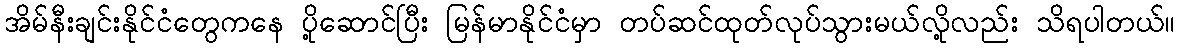
အိမ်နီးချင်းနိုင်ငံတွေကနေ ပို့ဆောင်ပြီး မြန်မာနိုင်ငံမှာ တပ်ဆင်ထုတ်လုပ်သွားမယ်လို့လည်း သိရပါတယ်။